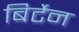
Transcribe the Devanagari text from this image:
बिर्टेन